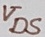
Text: VDS